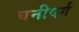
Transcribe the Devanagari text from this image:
घनीवर्ग